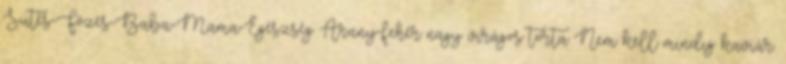
Sütés-Főzés-Baba-Mama-Egészség Arany-fehér nagy virágos torta Nem kell mindig kaviár.